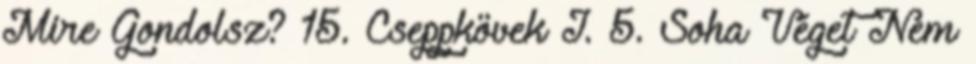
Mire Gondolsz? 15. Cseppkövek I. 5. Soha Véget Nem